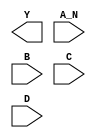
module sky130_fd_sc_lp__nand4b (
    Y  ,
    A_N,
    B  ,
    C  ,
    D
);

    output Y  ;
    input  A_N;
    input  B  ;
    input  C  ;
    input  D  ;

    // Voltage supply signals
    supply1 VPWR;
    supply0 VGND;
    supply1 VPB ;
    supply0 VNB ;

endmodule